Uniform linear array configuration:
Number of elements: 64
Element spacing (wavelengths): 1
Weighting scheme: binomial
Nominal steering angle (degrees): -45
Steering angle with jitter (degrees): -45.815
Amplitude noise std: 0.05
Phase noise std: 0.05

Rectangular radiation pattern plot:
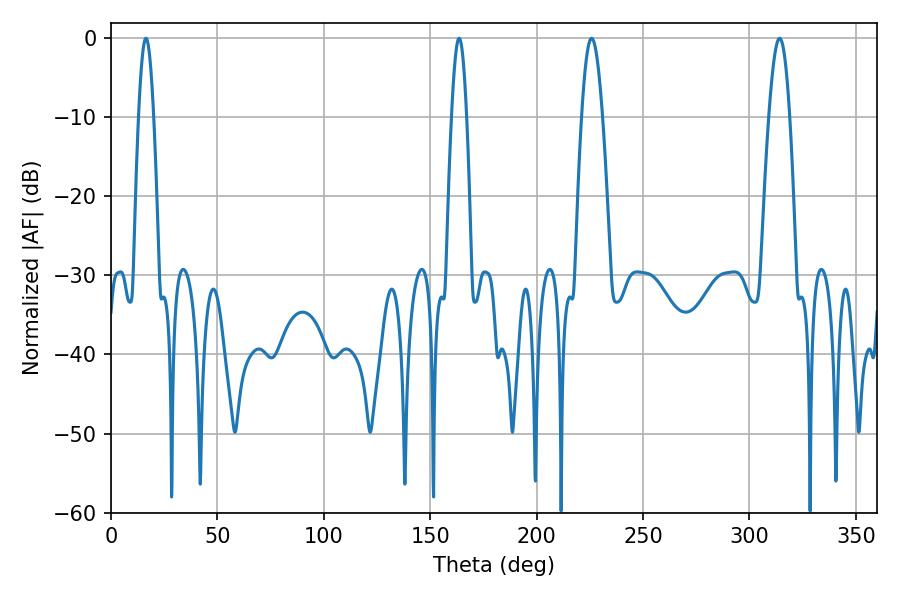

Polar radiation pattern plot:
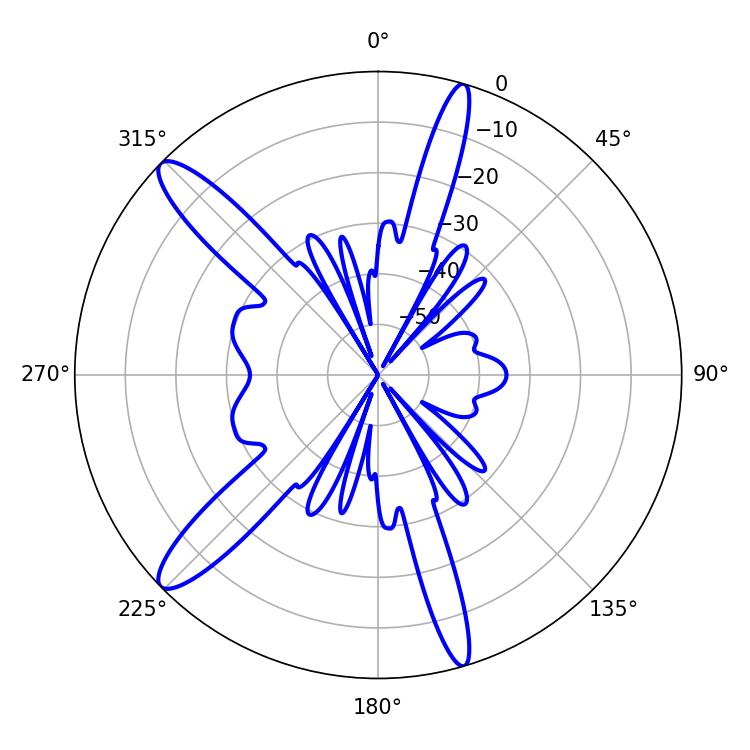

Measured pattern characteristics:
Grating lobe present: TRUE
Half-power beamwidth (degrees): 3.78
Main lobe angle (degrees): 16.38